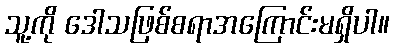
သူ့ကို ဒေါသဖြစ်စရာအကြောင်းမရှိပါ။